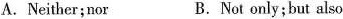
A.Neither;nor B.Not only;but also